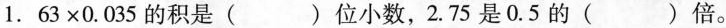
1.63\times0.035的积是( )位小数，2.75是0.5的( )倍。